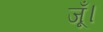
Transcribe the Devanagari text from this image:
जूँ।